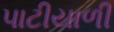
પાટીયાળી